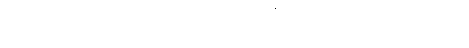
ပါတိမောက္ခသံဝရသံဝုတာ၊ ပါတိမောက္ခသံဝရသီလကိုစောင့်စည်းကုန်သည်ဖြစ်၍။